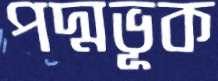
পদ্মভূক